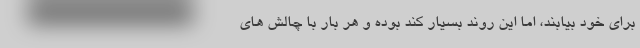
برای خود بیابند، اما این روند بسیار کند بوده و هر بار با چالش های